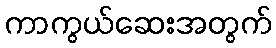
ကာကွယ်ဆေးအတွက်